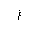
Letter: _gayn